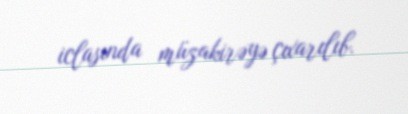
iclasında müzakirəyə çıxarılıb.